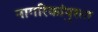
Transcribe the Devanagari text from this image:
नागरिकांपुरता